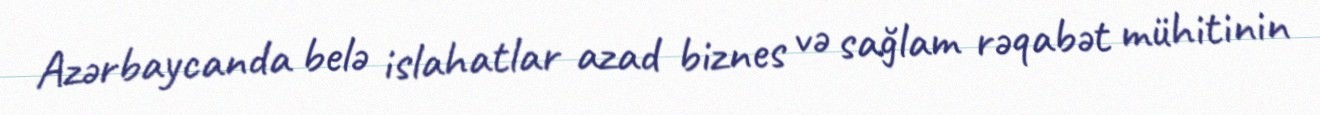
Azərbaycanda belə islahatlar azad biznes və sağlam rəqabət mühitinin